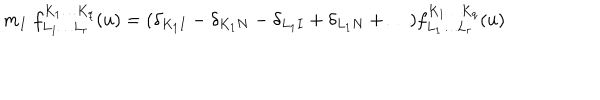
m _ { I } \; f _ { L _ { 1 } \ldots L _ { r } } ^ { K _ { 1 } \ldots K _ { q } } ( u ) = ( \delta _ { K _ { 1 } I } - \delta _ { K _ { 1 } N } - \delta _ { L _ { 1 } I } + \delta _ { L _ { 1 } N } + \ldots ) f _ { L _ { 1 } \ldots L _ { r } } ^ { K _ { 1 } \ldots K _ { q } } ( u )